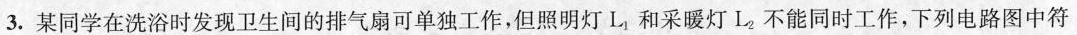
3.某同学在洗浴时发现卫生间的排气扇可单独工作，但照明灯L和采暖灯L。不能同时工作，下列电路图中符